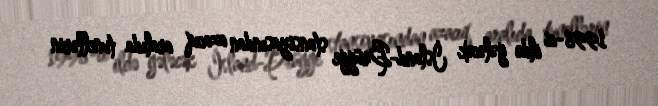
1998-ci ildə gələcək İsland-Brügge stansiyasından azacıq aralıda tunellərin